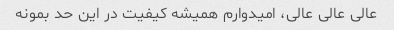
عالی عالی عالی، امیدوارم همیشه کیفیت در این حد بمونه